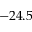
- 2 4 . 5